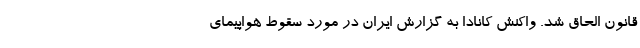
قانون الحاق شد. واکنش کانادا به گزارش ایران در مورد سقوط هواپیمای